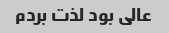
عالی بود لذت بردم